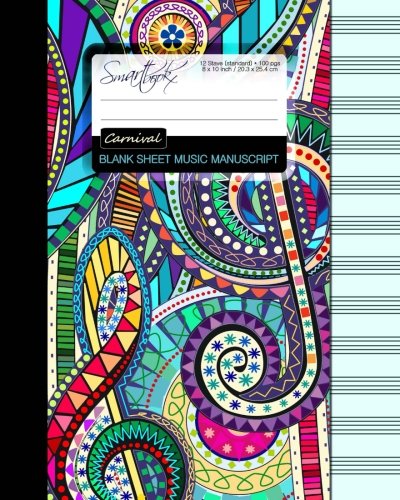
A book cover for Blank Sheet Music: Music Manuscript Paper / Staff Paper / Musicians Notebook [ Book Bound (Perfect Binding) * 12 Stave * 100 pages * Large * Carnival ] (Composition Books - Music Manuscript Paper); smART bookx; Arts & Photography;